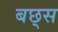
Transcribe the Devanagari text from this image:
बछ्स